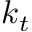
k _ { t }